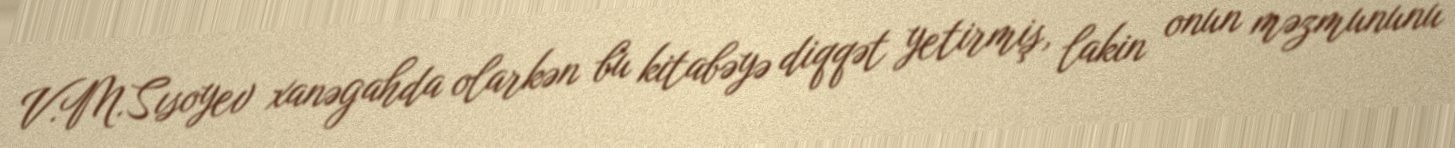
V.M.Sısoyev xanəgahda olarkən bu kitabəyə diqqət yetirmiş, lakin onun məzmununu